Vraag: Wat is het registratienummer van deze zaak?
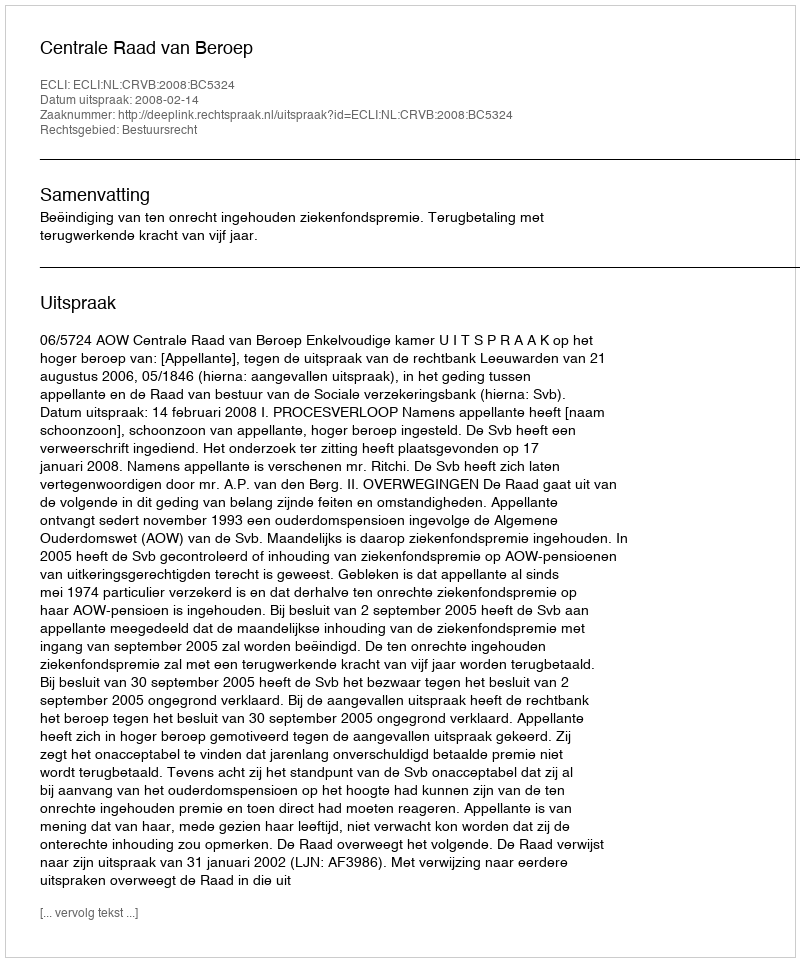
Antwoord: http://deeplink.rechtspraak.nl/uitspraak?id=ECLI:NL:CRVB:2008:BC5324